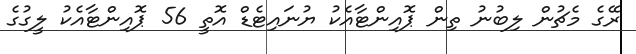
ރޭގެ މެޗުން ލިބުނު ތިން ޕޮއިންޓާއެކު ޔުނައިޓެޑް އޮތީ 56 ޕޮއިންޓާއެކު ލީގުގެ